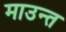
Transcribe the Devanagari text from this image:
माउन्त